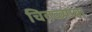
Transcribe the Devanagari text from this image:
चितळ्यांचा